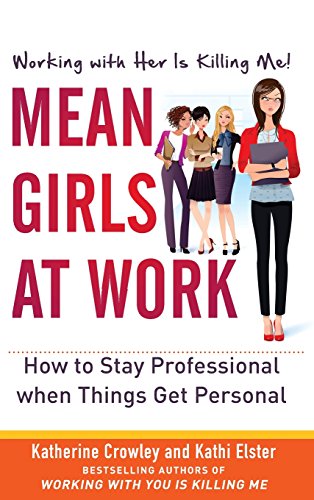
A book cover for Mean Girls at Work: How to Stay Professional When Things Get Personal; Katherine Crowley; Business & Money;